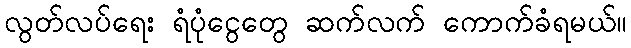
လွတ်လပ်ရေး ရံပုံငွေတွေ ဆက်လက် ကောက်ခံရမယ်။